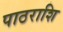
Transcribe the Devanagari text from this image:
पाठराशि